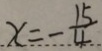
x = - \frac { 1 5 } { 4 }